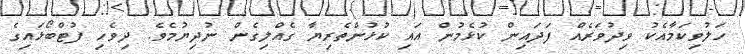
ހަލުވިކަމާއެކު ވިދުވަރެއް ފަދައިން ކުޅެމުން އައި ކުޅުންތެރިޔާ ގެއްލިގެން ނުދިޔުމެވެ. ދިވެހި ފުޓްބޯޅައިގެ